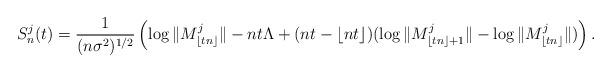
LaTeX: \begin{align*}S_{n}^j(t)=\frac{1}{(n\sigma^2)^{1/2}} \left( \log \|M^j_{\lfloor tn \rfloor}\|-nt\Lambda + (nt-\lfloor nt \rfloor) (\log \|M^j_{\lfloor tn \rfloor +1}\| - \log\|M^j_{\lfloor tn \rfloor}\|) \right).\end{align*}